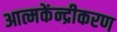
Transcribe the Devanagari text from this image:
आत्मकेंन्द्रीकरण